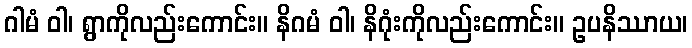
ဂါမံ ဝါ၊ ရွာကိုလည်းကောင်း။ နိဂမံ ဝါ၊ နိဂုံးကိုလည်းကောင်း။ ဥပနိဿာယ၊